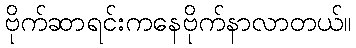
ဗိုက်ဆာရင်းကနေဗိုက်နာလာတယ်။